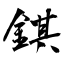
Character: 錤